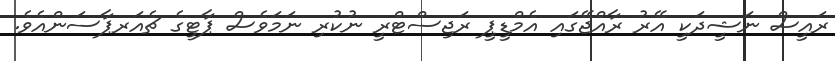
ރައީސް ނަޝީދަކީ އޭރު ރާއްޖޭގައި އެމްޑީޕީ ރަޖިސްޓްރީ ނުކުރި ނަމަވެސް ޕާޓީގެ ޗެއަރޕާސަންއެވެ.